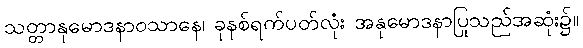
သတ္တာနုမောဒနာဝသာနေ၊ ခုနစ်ရက်ပတ်လုံး အနုမောဒနာပြုသည်အဆုံး၌။